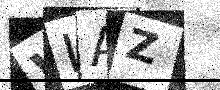
Text: WIAZ